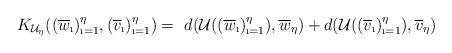
LaTeX: \begin{align*} K_{\mathcal{U}_\eta}((\overline{w}_{\i})_{\i=1}^{\eta},(\overline{v}_{\i})_{\i=1}^{\eta})=~d(\mathcal{U}((\overline{w}_{\i})_{\i=1}^{\eta}),\overline{w}_\eta)+d(\mathcal{U}((\overline{v}_{\i})_{\i=1}^{\eta}),\overline{v}_\eta)\end{align*}